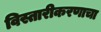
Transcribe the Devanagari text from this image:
विस्तारीकरणाचा